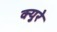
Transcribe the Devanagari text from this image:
क्युरे